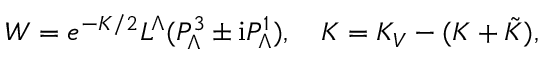
W = e ^ { - { \cal K } / 2 } L ^ { \Lambda } ( P _ { \Lambda } ^ { 3 } \pm \mathrm { i } P _ { \Lambda } ^ { 1 } ) , \quad { \cal K } = K _ { V } - ( K + \tilde { K } ) ,